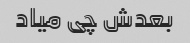
بعدش چی میاد